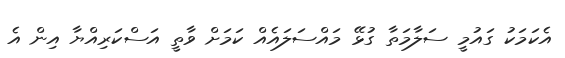
އެކަމަކު ގައުމީ ސަލާމަތާ ގުޅޭ މައްސަލައެއް ކަމަށް ވާތީ އަސްކަރިއްޔާ އިން އެ